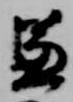
兼